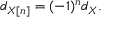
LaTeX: d _ { X [ n ] } = ( - 1 ) ^ { n } d _ { X } .